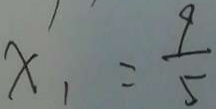
x _ { 1 } = \frac { 9 } { 5 }